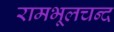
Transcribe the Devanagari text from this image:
रामभूलचन्द